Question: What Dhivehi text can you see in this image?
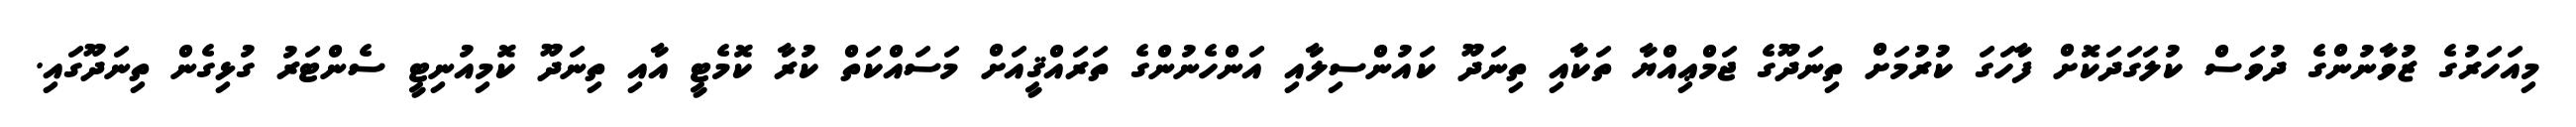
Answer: މިއަހަރުގެ ޒުވާނުންގެ ދުވަސް ކުލަގަދަކޮށް ފާހަގަ ކުރުމަށް ތިނަދޫގެ ޖަމްޢިއްޔާ ތަކާއި ތިނަދޫ ކައުންސިލާއި އަންހެނުންގެ ތަރައްޤީއަށް މަސައްކަތް ކުރާ ކޮމެޓީ އާއި ތިނަދޫ ކޮމިއުނިޓީ ސެންޓަރު ގުޅިގެން ތިނަދޫގައި.